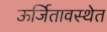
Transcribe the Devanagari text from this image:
ऊर्जितावस्थेत